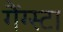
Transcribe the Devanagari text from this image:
गैंग्स्टा